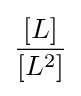
{\frac {\left[L\right]}{\left[L^{2}\right]}}